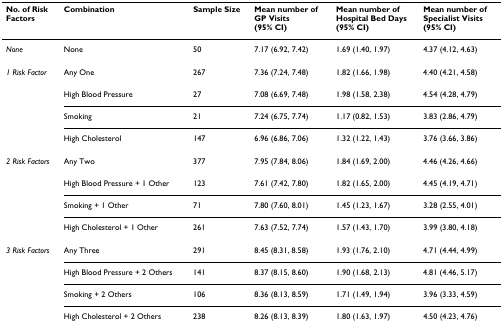
| No. of Risk Factors | Combination | Sample Size | Mean number of GP Visits(95% CI) | Mean number ofHospital Bed Days(95% CI) | Mean number of Specialist Visits(95% CI) |
 | --- | --- | --- | --- | --- | --- |
 | None | None | 50 | 7.17 (6.92, 7.42) | 1.69 (1.40, 1.97) | 4.37 (4.12, 4.63) |
 | 1 Risk Factor | Any One | 267 | 7.36 (7.24, 7.48) | 1.82 (1.66, 1.98) | 4.40 (4.21, 4.58) |
 |  | High Blood Pressure | 27 | 7.08 (6.69, 7.48) | 1.98 (1.58, 2.38) | 4.54 (4.28, 4.79) |
 |  | Smoking | 21 | 7.24 (6.75, 7.74) | 1.17 (0.82, 1.53) | 3.83 (2.86, 4.79) |
 |  | High Cholesterol | 147 | 6.96 (6.86, 7.06) | 1.32 (1.22, 1.43) | 3.76 (3.66, 3.86) |
 | 2 Risk Factors | Any Two | 377 | 7.95 (7.84, 8.06) | 1.84 (1.69, 2.00) | 4.46 (4.26, 4.66) |
 |  | High Blood Pressure + 1 Other | 123 | 7.61 (7.42, 7.80) | 1.82 (1.65, 2.00) | 4.45 (4.19, 4.71) |
 |  | Smoking + 1 Other | 71 | 7.80 (7.60, 8.01) | 1.45 (1.23, 1.67) | 3.28 (2.55, 4.01) |
 |  | High Cholesterol + 1 Other | 261 | 7.63 (7.52, 7.74) | 1.57 (1.43, 1.70) | 3.99 (3.80, 4.18) |
 | 3 Risk Factors | Any Three | 291 | 8.45 (8.31, 8.58) | 1.93 (1.76, 2.10) | 4.71 (4.44, 4.99) |
 |  | High Blood Pressure + 2 Others | 141 | 8.37 (8.15, 8.60) | 1.90 (1.68, 2.13) | 4.81 (4.46, 5.17) |
 |  | Smoking + 2 Others | 106 | 8.36 (8.13, 8.59) | 1.71 (1.49, 1.94) | 3.96 (3.33, 4.59) |
 |  | High Cholesterol + 2 Others | 238 | 8.26 (8.13, 8.39) | 1.80 (1.63, 1.97) | 4.50 (4.23, 4.76) |